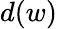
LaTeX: d(w)